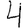
Digit: 4